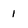
Character: 1